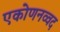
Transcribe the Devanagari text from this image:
एकोणनव्वद